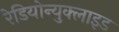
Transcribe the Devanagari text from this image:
रेडियोन्युक्लाइड